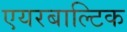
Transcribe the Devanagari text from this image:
एयरबाल्टिक